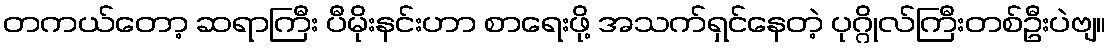
တကယ်တော့ ဆရာကြီး ပီမိုးနင်းဟာ စာရေးဖို့ အသက်ရှင်နေတဲ့ ပုဂ္ဂိုလ်ကြီးတစ်ဦးပဲဗျ။